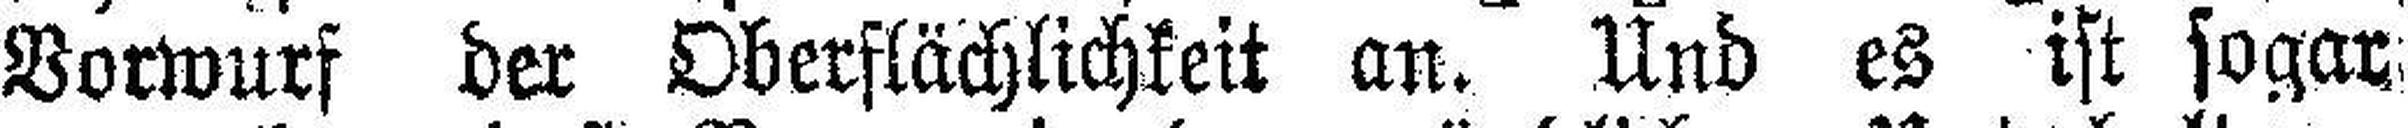
Vorwurf der Oberflächlichkeit an. Und es ist sogar